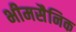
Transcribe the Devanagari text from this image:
भीमसैनिक